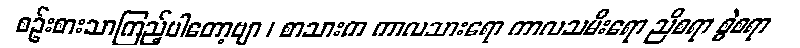
စဉ်းစားသာကြည့်ပါတော့ဗျာ ၊ စာသားက ကာလသားရော ကာလသမီးရော ညိစရာ စွဲစရာ